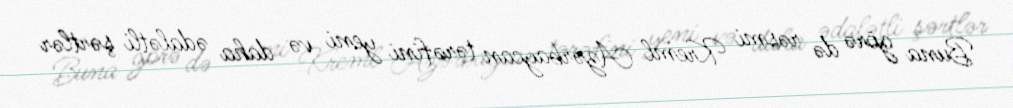
Buna görə də rəsmi Kreml Azərbaycan tərəfini yeni və daha ədalətli şərtlər